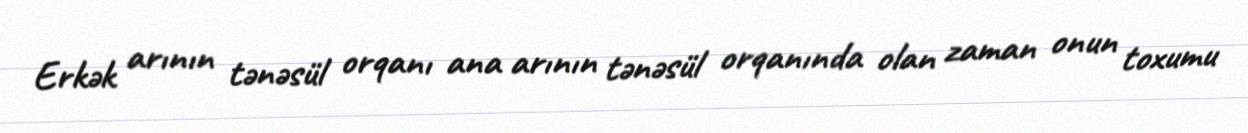
Erkək arının tənəsül orqanı ana arının tənəsül orqanında olan zaman onun toxumu